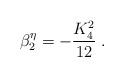
LaTeX: \begin{align*}\beta_2^{\eta} = - \frac{K_4^2}{12} \; . \end{align*}